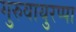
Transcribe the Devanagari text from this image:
गुरुवायुरप्पा